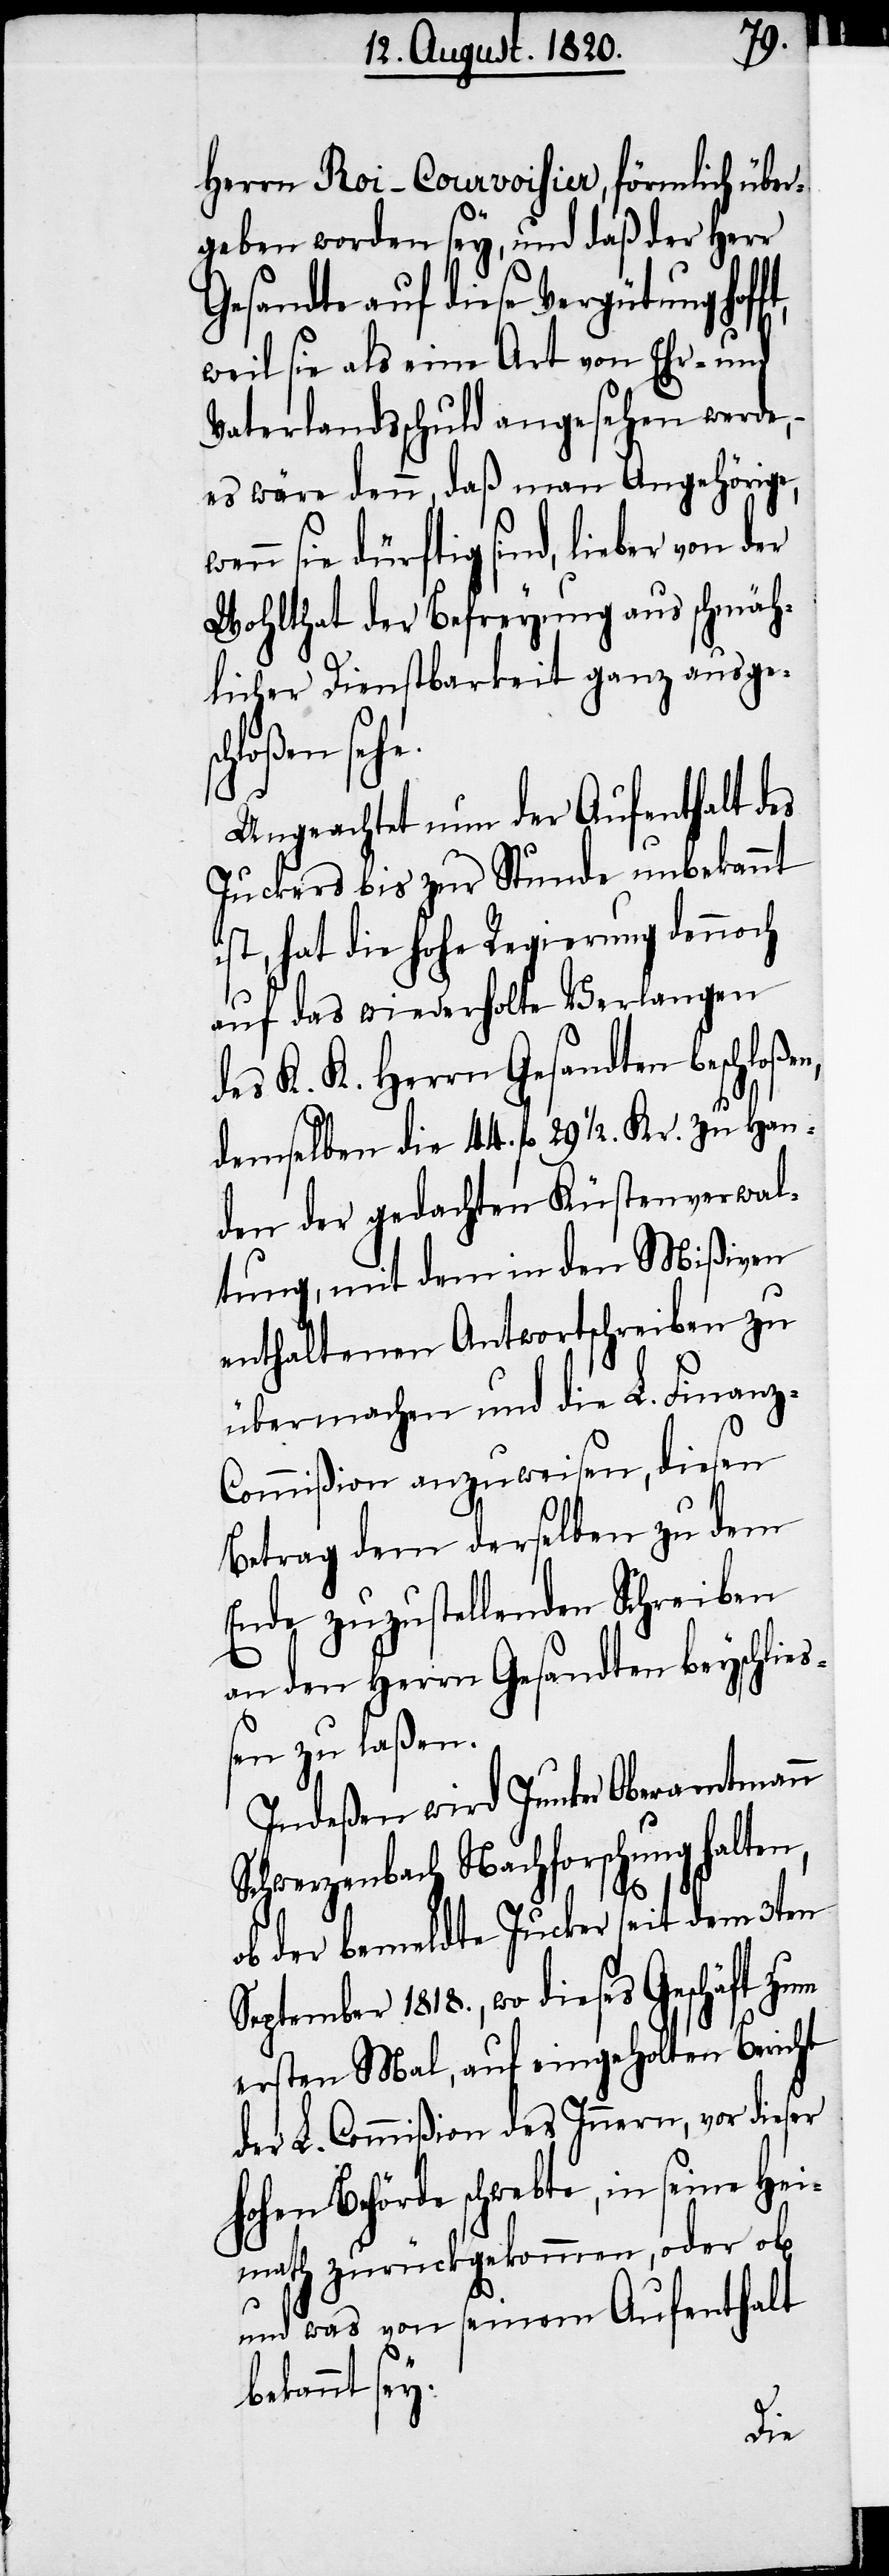
Herrn Roi-Courvoisier, förmlich über¬
geben worden sey, und daß der Herr
Gesandte auf diese Vergütung hof¬
weil sie als eine Art von Ehr- und
Vaterlandsschuld angesehen werde,
es wäre denn, daß man Angehörige,
sie dürftig sind, lieber von der
Wohlthat der Befreyung aus schmäh¬
licher Dienstbarkeit ganz ausge¬
schloßen s¬
Ungeachtet nun der Aufenthalt des
Juckers bis zur Stunde unbekannt
ist, hat die hohe Regierung dennoch
auf das wiederholte Verlangen
des K. K. Herrn Gesandten beschloße¬
demselben die 44. fl. 29 1/2. Kr. zu Han¬
den der gedachten Küstenverwal¬
tung, mit dem in den Mißiven
enthaltenen Antwortschreiben zu
übernehmen und die L. Finanz-C¬
ommißion anzuweisen, diesen
Betrag dem derselben zu dem
Ende zuzustellenden Schreiben
an den Herrn Gesandten beyschlies¬
sen zu laßen.
Indeßen wird Junker Oberamtmann
Schwerzenbach Nachforschung halten,
n,
ob der bemeldte Jucker seit dem 3ten
September 1818., wo dieses Geschäft zum
ersten Mal, auf eingeholten Bericht
der L. Commißion des Innern, vor dieser
hohen Behörde schwebte, in seine Hei¬
math zurückgekommen, oder ob
und was von seinem Aufenthalt
bekannt sey.